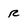
Character: r